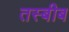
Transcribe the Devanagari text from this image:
तस्बीब